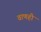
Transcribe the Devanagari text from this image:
वाणही